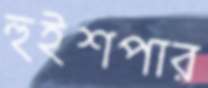
হুইশপার